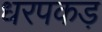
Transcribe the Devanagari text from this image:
धरपकड़